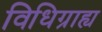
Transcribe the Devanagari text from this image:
विधिग्राह्य